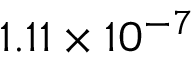
{ \displaystyle 1 . 1 1 \times 1 0 ^ { - 7 } }